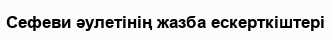
Сефеви әулетінің жазба ескерткіштері